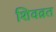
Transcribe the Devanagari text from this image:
शिवव्रत